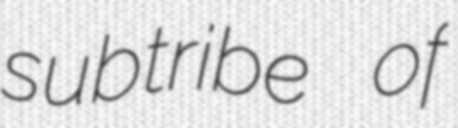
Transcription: subtribe of